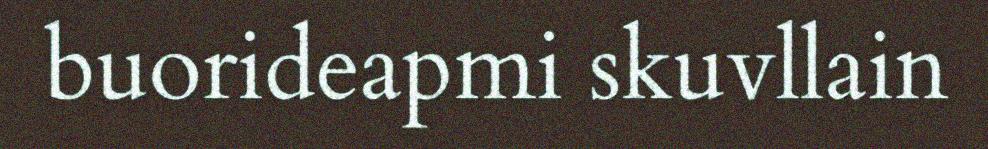
buorideapmi skuvllain